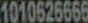
1010626666